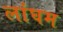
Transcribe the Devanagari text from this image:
लांघम